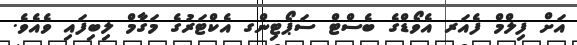
އަށް ފިލްމް ފެއަރ އެވޯޑްގެ ބެސްޓް ސަޕޯޓިންގ އެކްޓަރުގެ މަގާމް ލިބިފައި ވެއެވެ.